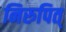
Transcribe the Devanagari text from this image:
निरुपित्